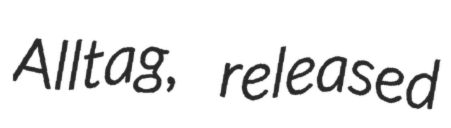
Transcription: Alltag, released